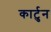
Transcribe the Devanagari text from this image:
कार्टुन